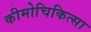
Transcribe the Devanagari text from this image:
कीमोचिकित्सा